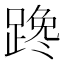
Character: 𰸤